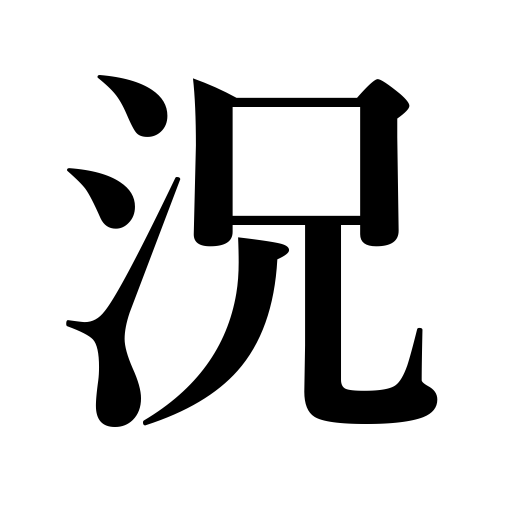
Meanings: still more,still less neg.